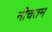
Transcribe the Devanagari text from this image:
नीचतम